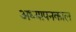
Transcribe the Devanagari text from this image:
अध्यापनकाल